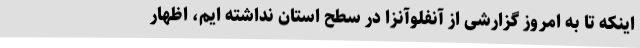
اینکه تا به امروز گزارشی از آنفلوآنزا در سطح استان نداشته ایم، اظهار